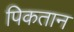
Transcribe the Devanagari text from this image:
पिकतान